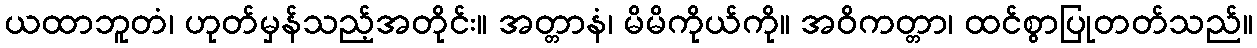
ယထာဘူတံ၊ ဟုတ်မှန်သည့်အတိုင်း။ အတ္တာနံ၊ မိမိကိုယ်ကို။ အဝိကတ္တာ၊ ထင်စွာပြုတတ်သည်။